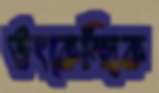
উৎকেন্দ্রিক